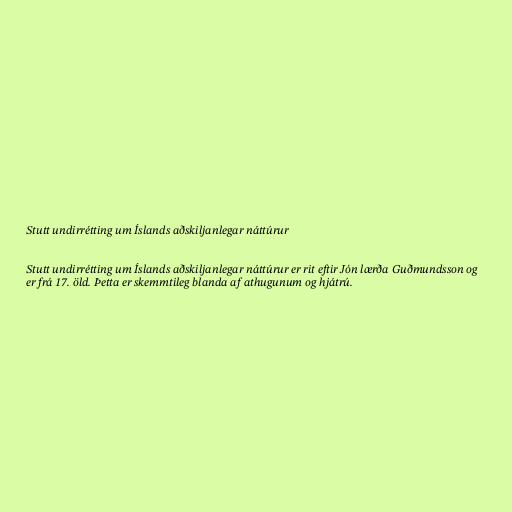
Stutt undirrétting um Íslands aðskiljanlegar náttúrur

Stutt undirrétting um Íslands aðskiljanlegar náttúrur er rit eftir Jón lærða Guðmundsson og
er frá 17. öld. Þetta er skemmtileg blanda af athugunum og hjátrú.